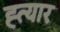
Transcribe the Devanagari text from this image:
ह्त्यार